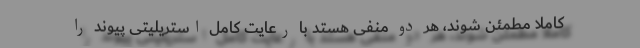
کاملا مطمئن شوند، هر دو منفی هستد با رعایت کامل استریلیتی پیوند را